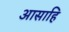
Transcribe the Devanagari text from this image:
आसाहि